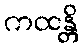
ကထန္တိ